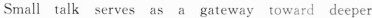
Small talk serves as a gateway toward deeper